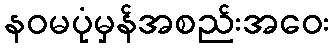
နဝမပုံမှန်အစည်းအဝေး